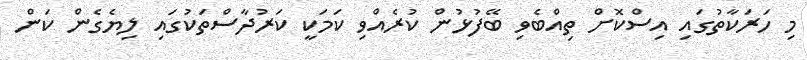
މި ހަރަކާތުގައި އިސްކޮށް ތިއްބެވި ބޭފުޅުން ކުރެއްވި ކަމަކީ ކަރުދާސްތަކުގައި ލިޔެގެން ކަން